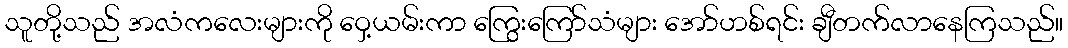
သူတို့သည် အလံကလေးများကို ဝှေ့ယမ်းကာ ကြွေးကြော်သံများ အော်ဟစ်ရင်း ချီတက်လာနေကြသည်။